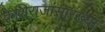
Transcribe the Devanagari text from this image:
केशिराजांसारख्या